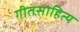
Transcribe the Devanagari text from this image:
गीतसाहित्य